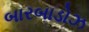
બારબાડોઝ